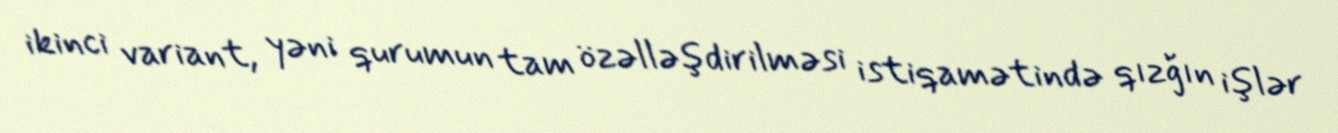
ikinci variant, yəni qurumun tam özəlləşdirilməsi istiqamətində qızğın işlər